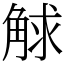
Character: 觩